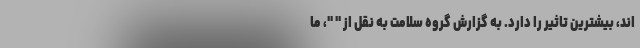
اند، بیشترین تاثیر را دارد. به گزارش گروه سلامت به نقل از " "، ما